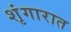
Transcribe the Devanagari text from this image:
शृंगारात